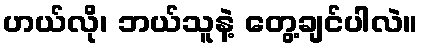
ဟယ်လို၊ ဘယ်သူနဲ့ တွေ့ချင်ပါလဲ။